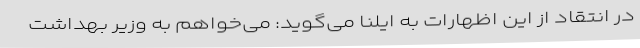
در انتقاد از این اظهارات به ایلنا می‌گوید: می‌خواهم به وزیر بهداشت